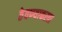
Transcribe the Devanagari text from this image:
ठेवण्याकरता